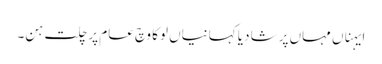
ایہناں مہاں پرشا دیا کہانیاں لوکا وچ عامَ پرچلت ہن۔